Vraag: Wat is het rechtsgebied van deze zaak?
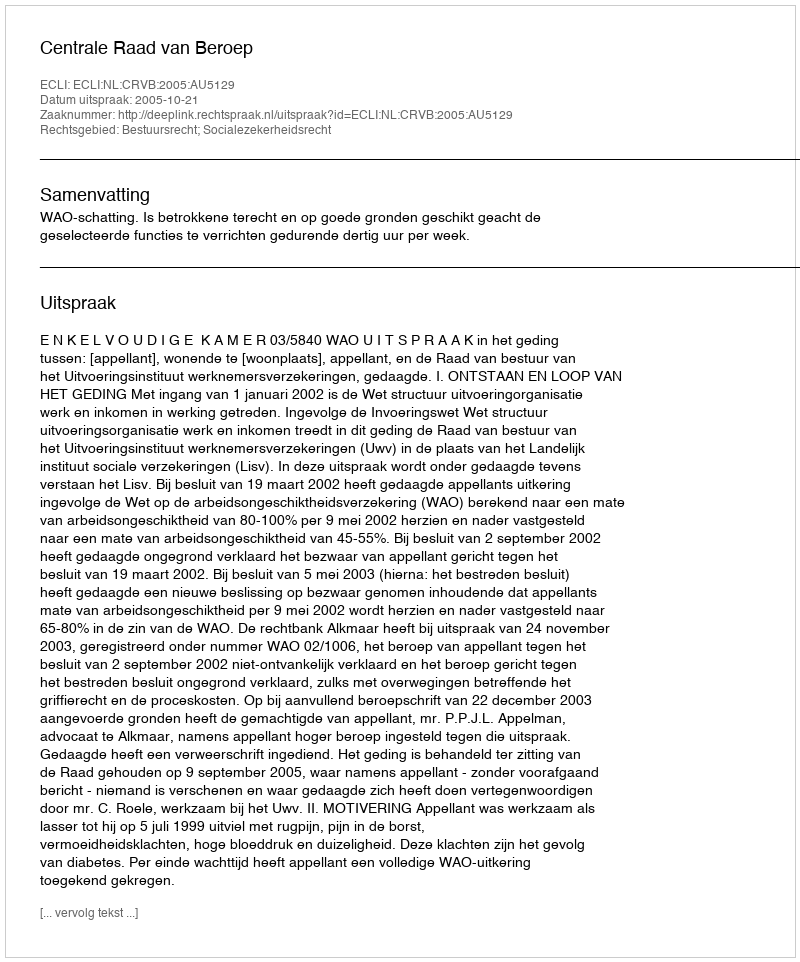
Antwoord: Bestuursrecht; Socialezekerheidsrecht